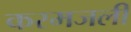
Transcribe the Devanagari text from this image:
करमजली